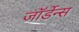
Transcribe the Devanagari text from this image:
जॉर्डेन्स